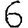
Digit: 6